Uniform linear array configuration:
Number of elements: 48
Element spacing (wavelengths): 0.5
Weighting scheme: uniform
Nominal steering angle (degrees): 15
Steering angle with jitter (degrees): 14.799
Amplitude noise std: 0.05
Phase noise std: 0.05

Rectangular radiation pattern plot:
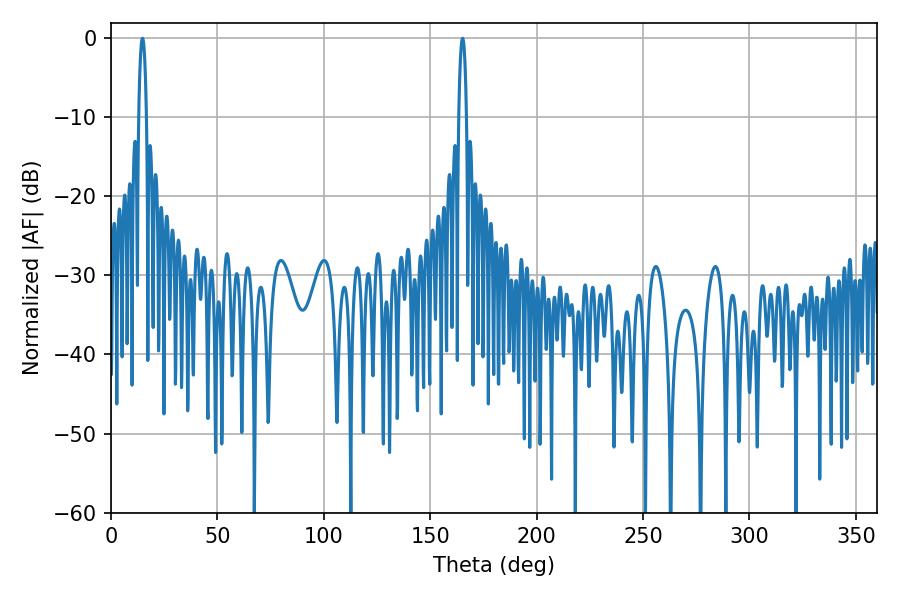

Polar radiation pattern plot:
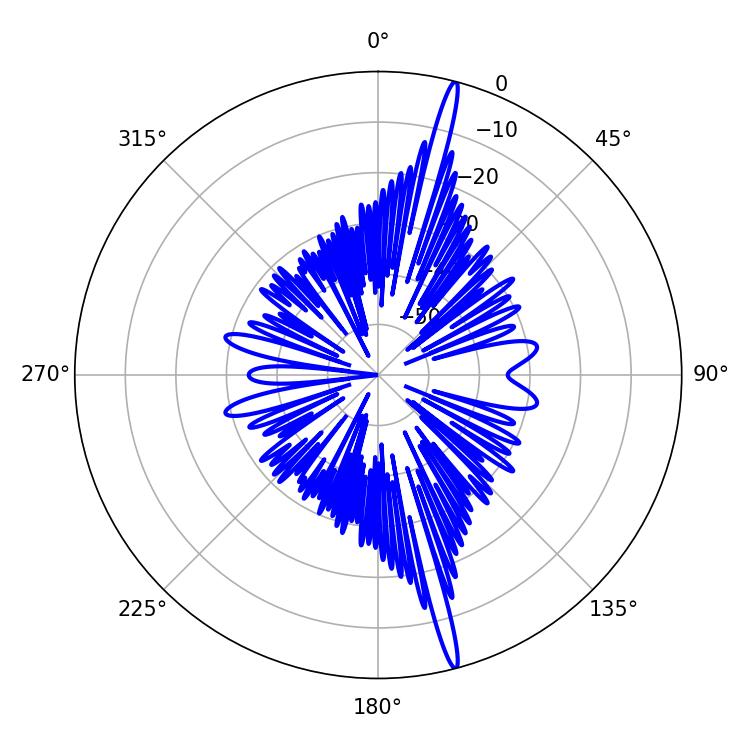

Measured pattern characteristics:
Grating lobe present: FALSE
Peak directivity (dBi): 19.547
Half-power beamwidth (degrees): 1.98
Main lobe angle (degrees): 165.24